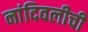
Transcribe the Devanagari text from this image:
नांदिवलीची